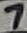
Text: 7